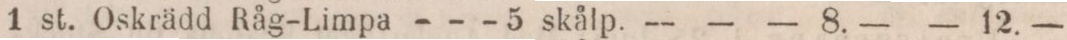
1 st. Oskrädd Råg-Limpa - - - 5 skålp. —    — — 8. —    — 12.—